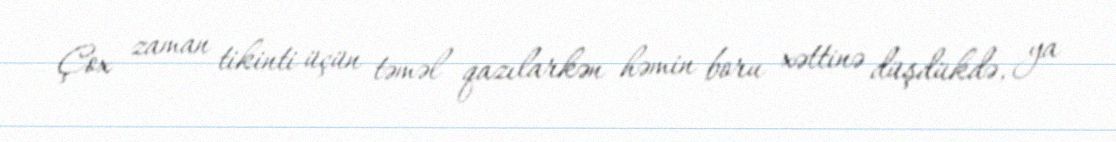
Çox zaman tikinti üçün təməl qazılarkən həmin boru xəttinə düşdükdə, ya